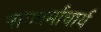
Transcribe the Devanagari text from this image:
नागवर्माचार्य